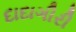
દાદાગીરી